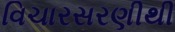
વિચારસરણીથી